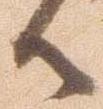
御